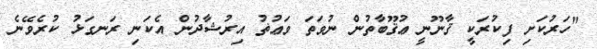
"ހަރުކަށި ފިކުރަކީ ޤާނޫނީ ޢުޤޫބާތުން ނުވަތަ ވަޢުޡު އިރުޝާދުން އެކަނި ރަނގަޅު ކުރެވޭނެ